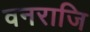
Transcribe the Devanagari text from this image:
वनराजि